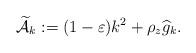
LaTeX: \begin{align*}\widetilde{\mathcal{A}}_k:= (1-\varepsilon)k^2 + \rho_z \widehat{g}_k.\end{align*}